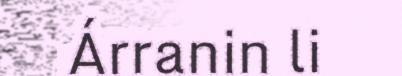
Árranin li